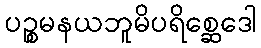
ပဉ္စမနယဘူမိပရိစ္ဆေဒေါ